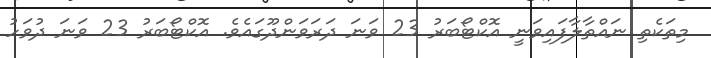
މިތަކެތި ނައްތާލާފައިވަނީ އޮކްޓޯބަރު 23 ވަނަ ދަރަވަންދޫގައެވެ. އޮކްޓޯބަރު 23 ވަނަ ދުވަހު